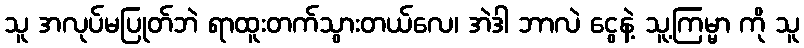
သူ အလုပ်မပြုတ်ဘဲ ရာထူးတက်သွားတယ်လေ၊ အဲဒါ ဘာလဲ ငွေနဲ့ သူ့ကြမ္မာ ကို သူ